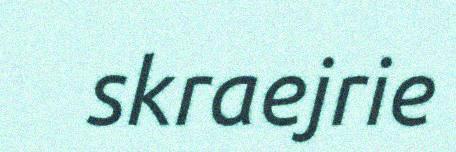
skraejrie